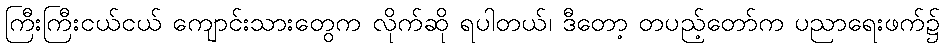
ကြီးကြီးငယ်ငယ် ကျောင်းသားတွေက လိုက်ဆို ရပါတယ်၊ ဒီတော့ တပည့်တော်က ပညာရေးဖက်၌